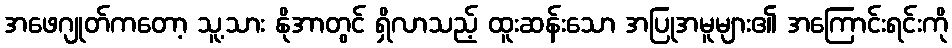
အဖေဂျုတ်ကတော့ သူ့သား နိုအာတွင် ရှိလာသည့် ထူးဆန်းသော အပြုအမူများ၏ အကြောင်းရင်းကို